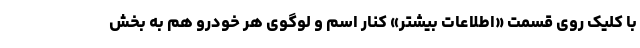
با کلیک روی قسمت «اطلاعات بیشتر» کنار اسم و لوگوی هر خودرو هم به بخش